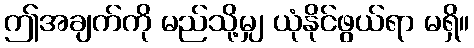
ဤအချက်ကို မည်သို့မျှ ယုံနိုင်ဖွယ်ရာ မရှိ။